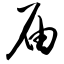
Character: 届